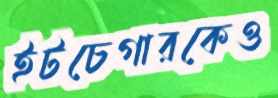
ইটচেগারকেও